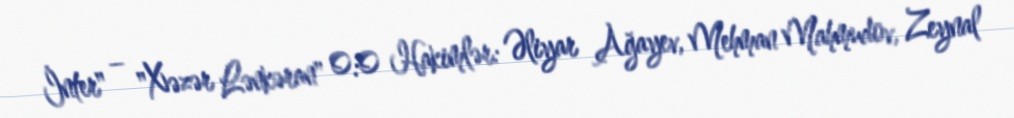
İnter" – "Xəzər Lənkəran" 0:0 Hakimlər: Əliyar Ağayev, Mehman Mahmudov, Zeynal